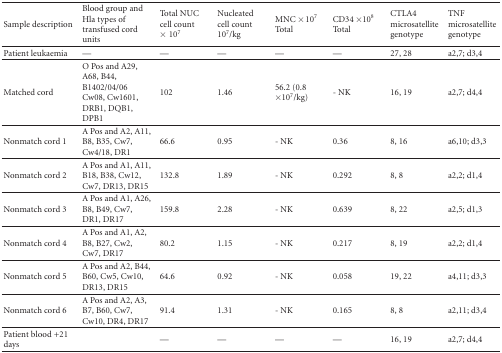
<table><thead><tr><td><b>Sample description</b></td><td><b>Blood group and Hla types of transfused cord units</b></td><td><b>Total NUC cell count ×10<sup>7</sup></b></td><td><b>Nucleated cell count 10<sup>7</sup>/kg</b></td><td><b>MNC × 10<sup>7</sup> Total</b></td><td><b>CD34 ×10<sup>8</sup> Total</b></td><td><b>CTLA4 microsatellite genotype</b></td><td><b>TNF microsatellite genotype</b></td></tr></thead><tbody><tr><td>Patient leukaemia</td><td>—</td><td>—</td><td>—</td><td>—</td><td>—</td><td>27, 28</td><td>a2,7; d3,4</td></tr><tr><td>Matched cord</td><td>O Pos and A29, A68, B44, B1402/04/06 Cw08, Cw1601, DRB1, DQB1, DPB1</td><td>102</td><td>1.46</td><td>56.2 (0.8 ×10<sup>7</sup>/kg)</td><td>- NK</td><td>16, 19</td><td>a2,7; d4,4</td></tr><tr><td>Nonmatch cord 1</td><td>A Pos and A2, A11, B8, B35, Cw7, Cw4/18, DR1</td><td>66.6</td><td>0.95</td><td>- NK</td><td>0.36</td><td>8, 16</td><td>a6,10; d3,3</td></tr><tr><td>Nonmatch cord 2</td><td>A Pos and A1, A11, B18, B38, Cw12, Cw7, DR13, DR15</td><td>132.8</td><td>1.89</td><td>- NK</td><td>0.292</td><td>8, 8</td><td>a2,2; d1,4</td></tr><tr><td>Nonmatch cord 3</td><td>A Pos and A1, A26, B8, B49, Cw7, DR1, DR17</td><td>159.8</td><td>2.28</td><td>- NK</td><td>0.639</td><td>8, 22</td><td>a2,5; d1,3</td></tr><tr><td>Nonmatch cord 4</td><td>A Pos and A1, A2, B8, B27, Cw2, Cw7, DR17</td><td>80.2</td><td>1.15</td><td>- NK</td><td>0.217</td><td>8, 19</td><td>a2,2; d1,4</td></tr><tr><td>Nonmatch cord 5</td><td>A Pos and A2, B44, B60, Cw5, Cw10, DR13, DR15</td><td>64.6</td><td>0.92</td><td>- NK</td><td>0.058</td><td>19, 22</td><td>a4,11; d3,3</td></tr><tr><td>Nonmatch cord 6</td><td>A Pos and A2, A3, B7, B60, Cw7, Cw10, DR4, DR17</td><td>91.4</td><td>1.31</td><td>- NK</td><td>0.165</td><td>8, 8</td><td>a2,11; d3,4</td></tr><tr><td>Patient blood +21 days</td><td></td><td>—</td><td>—</td><td>—</td><td>—</td><td>16, 19</td><td>a2,7; d4,4</td></tr></tbody></table>